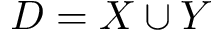
D = X \cup Y